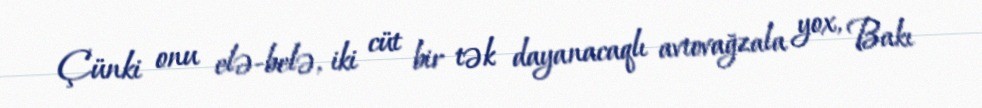
Çünki onu elə-belə, iki cüt bir tək dayanacaqlı avtovağzala yox, Bakı